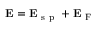
\mathbf { E } = \mathbf { E } _ { \mathrm { ~ s ~ p ~ } } + \mathbf { E } _ { \mathrm { ~ F ~ } }